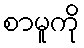
စာမူကို